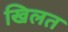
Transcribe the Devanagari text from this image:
खिलत